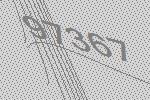
97367